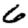
Digit: 6